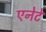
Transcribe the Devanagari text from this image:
एनेटे